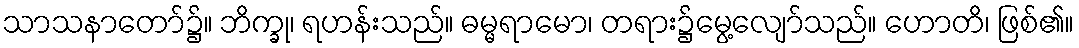
သာသနာတော်၌။ ဘိက္ခု၊ ရဟန်းသည်။ ဓမ္မရာမော၊ တရား၌မွေ့လျော်သည်။ ဟောတိ၊ ဖြစ်၏။